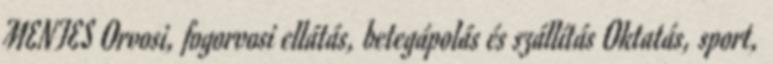
MENTES Orvosi, fogorvosi ellátás, betegápolás és szállítás Oktatás, sport,